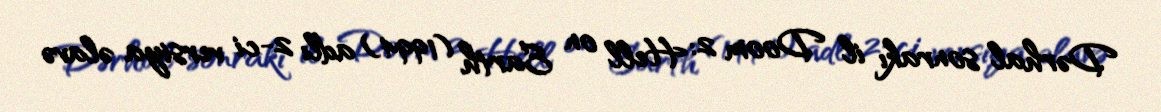
Dərhal sonrakı il Doom 2: Hell on Earth (1994) adlı 2-ci versiya əlavə